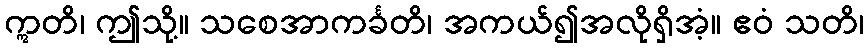
ဣတိ၊ ဤသို့။ သစေအာကင်္ခတိ၊ အကယ်၍အလိုရှိအံ့။ ဧဝံ သတိ၊